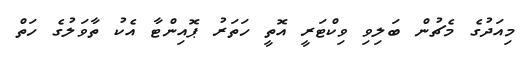
މިއަދުގެ މެޗުން ބަލިވި ވިކްޓަރީ އޮތީ ހަތަރު ޕޮއިންޓާ އެކު ތާވަލުގެ ހަތް